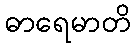
ဓာရေမာတိ